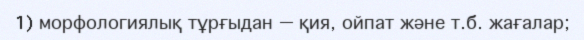
1) морфологиялық тұрғыдан — қия, ойпат және т.б. жағалар;